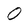
Character: 0